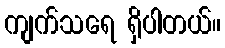
ကျက်သရေ ရှိပါတယ်။